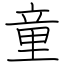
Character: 童